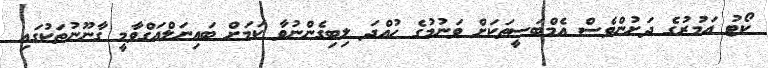
ކޯޓު އަމުރުގެ ދަށުންވެސް އެމްބަސީތަކަށް ވަނުމުގެ ހުއްދަ ލިބިގެންނުވާ ކަމަށް ބައިނަލްއަގްވާމީ ގާނޫނުތަކުގައި